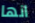
انها